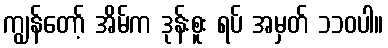
ကျွန်တော့် အိမ်က ဒုန်းစူး ရပ် အမှတ် ၁၁၀ပါ။